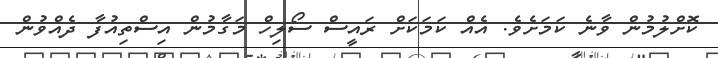
ކޮށްލުމުން ވާނެ ކަމަށެވެ. އެއް ކަމަކަށް ރައީސް ސޯލިހް މަގާމުން އިސްތިއުފާ ދެއްވުން